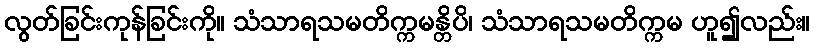
လွတ်ခြင်းကုန်ခြင်းကို။ သံသာရသမတိက္ကမန္တိပိ၊ သံသာရသမတိက္ကမ ဟူ၍လည်း။